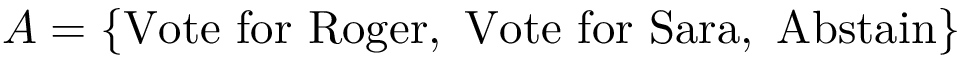
A = \{ { \mathrm { V o t e ~ f o r ~ R o g e r , ~ V o t e ~ f o r ~ S a r a , ~ A b s t a i n } } \}